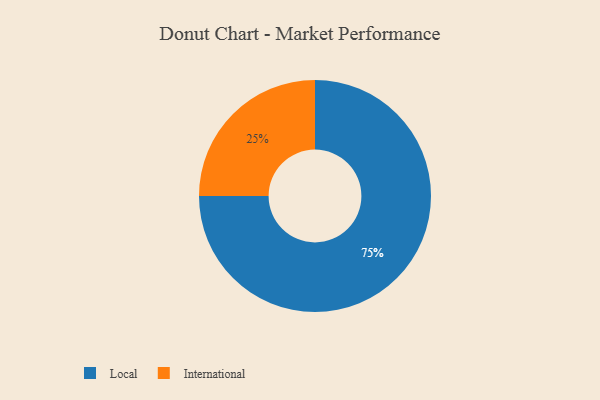
{"axis": {"x": "Category", "y": "Percentage"}, "legend": ["International", "Local"], "data": [{"x": "Local", "y": 75, "type": "Local"}, {"x": "International", "y": 25, "type": "International"}]}